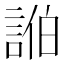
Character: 𮘓